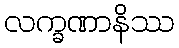
လက္ခဏာနိဿ